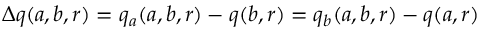
\Delta q ( a , b , r ) = q _ { a } ( a , b , r ) - q ( b , r ) = q _ { b } ( a , b , r ) - q ( a , r )